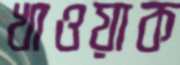
খাওয়াক